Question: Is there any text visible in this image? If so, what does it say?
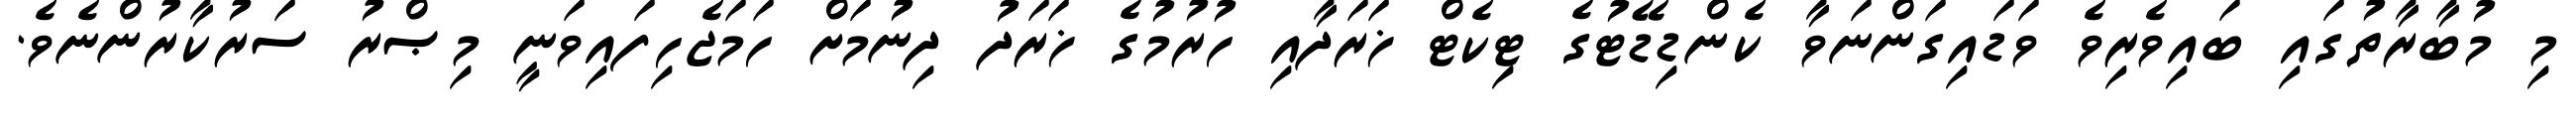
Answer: މި މުބާރާތުގައި ބައިވެރިވެ ވަޑައިގަންނަވާ ކެންޑިޑޭޓުގެ ޓިކެޓް ޚަރަދާއި ހުރުމުގެ ޚަރަދު ދިނުމަށް ހަމަޖެހިފައިވަނީ މިޞްރު ސަރުކާރުންނެވެ.